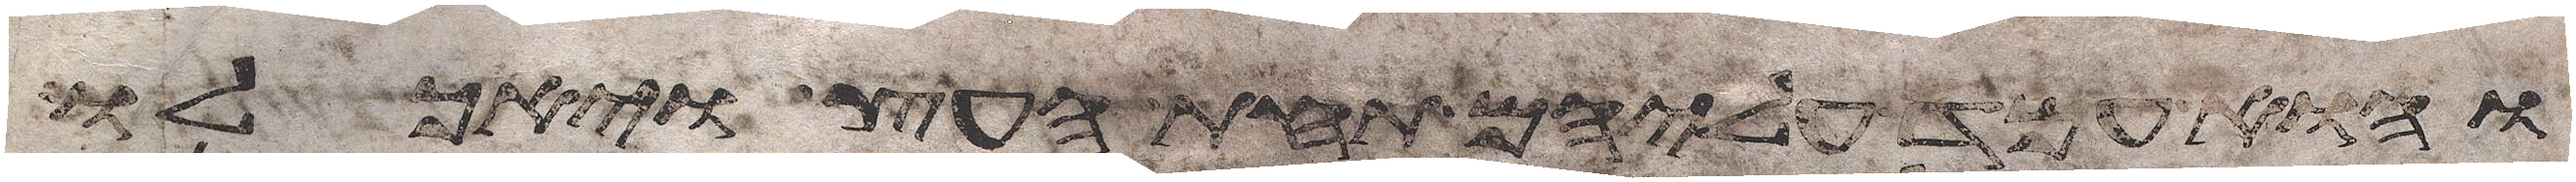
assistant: והוא עמד עליהם תחת העץ ויאכלו